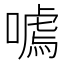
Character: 𭊰